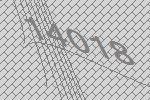
14018